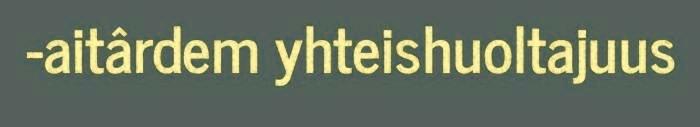
-aitârdem yhteishuoltajuus